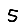
Digit: 5